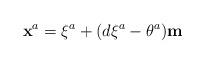
LaTeX: \begin{align*}\mathbf{x}^{a}=\xi^{a}+(d\xi^{a}-\theta^{a})\mathbf{m}\end{align*}